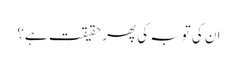
ان کی توبہ کی پھر حقیقت ہے؟